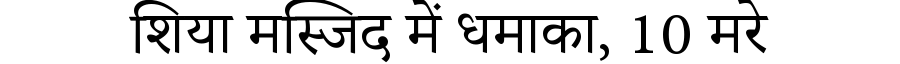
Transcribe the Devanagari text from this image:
शिया मस्जिद में धमाका, 10 मरे